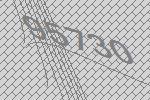
95730